Senior Leaving Certificate Examination (including Day School Certificate (Higher) General paper), 1946
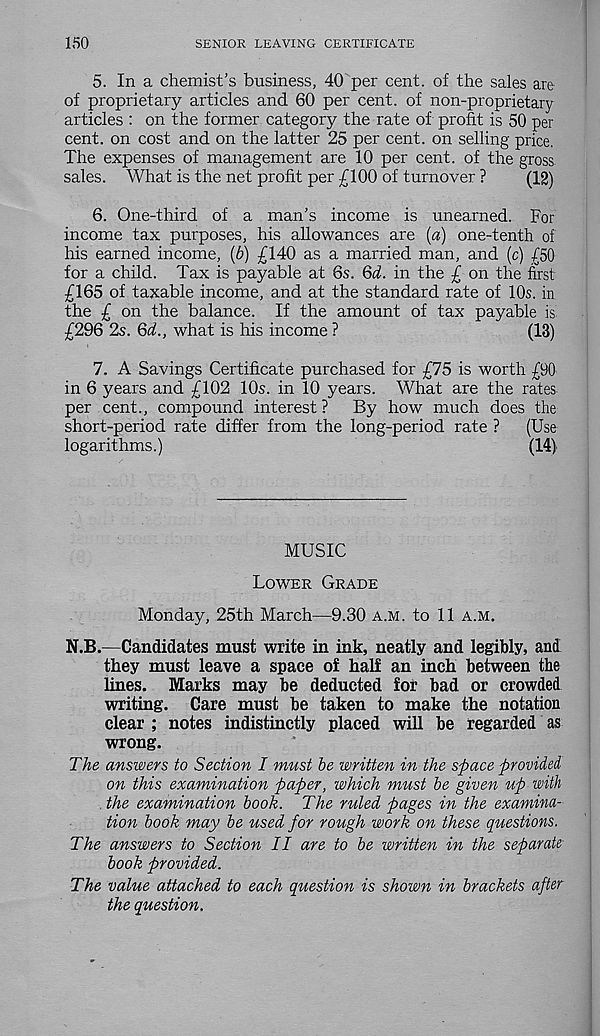
150
SENIOR LEAVING CERTIFICATE
5. In a chemist’s business, 40 per cent, of the sales are
of proprietary articles and 60 per cent, of non-proprietary
articles : on the former category the rate of profit is 50 per
cent, on cost and on the latter 25 per cent, on selling price.
The expenses of management are 10 per cent, of the gross
sales. What is the net profit per £100 of turnover ?
(12)
6. One-third of a man’s income is unearned. For
income tax purposes, his allowances are (a) one-tenth of
his earned income, (6) £140 as a married man, and (c) £50
for a child. Tax is payable at 6s. 6d. in the £ on the first
£165 of taxable income, and at the standard rate of 10s. in
the £ on the balance. If the amount of tax payable is
£296 2s. 6d., what is his income ?
(13)
7. A Savings Certificate purchased for £75 is worth £90
in 6 years and £102 10s. in 10 years. What are the rates
per cent., compound interest ?
By how much does the
short-period rate differ from the long-period rate ?
(Use
logarithms.)
(14)
MUSIC
Lower Grade
Monday, 25th March—9.30 a.m. to 11 a.m.
N.B.—Candidates must write in ink, neatly and legibly, and
they must leave a space of half an inch between the
lines. Marks may be deducted for bad or crowded
writing. Care must be taken to make the notation
clear ; notes indistinctly placed will be regarded as
wrong.
The answers to Section I must be written in the space provided
on this examination paper, which must be given up with
the examination book. The ruled pages in the examina-
tion book may be used for rough work on these questions.
The answers to Section II are to be written in the separate
book provided.
The value attached to each question is shown in brackets after
the question.